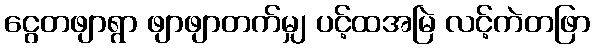
ငွေတဖျာရွာ ဖျာဖျာတက်မျှ ပင့်ထအမြဲ လင့်ကဲတဖြာ